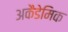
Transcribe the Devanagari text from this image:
अकैडेमिक